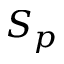
S _ { p }